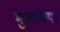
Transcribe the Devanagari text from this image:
मुलांच्‍या